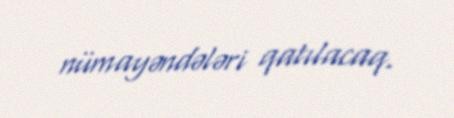
nümayəndələri qatılacaq.